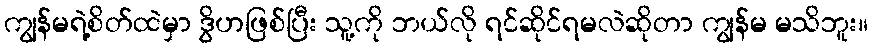
ကျွန်မရဲ့စိတ်ထဲမှာ ဒွိဟဖြစ်ပြီး သူ့ကို ဘယ်လို ရင်ဆိုင်ရမလဲဆိုတာ ကျွန်မ မသိဘူး။